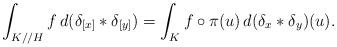
LaTeX: \begin{align*} \int_{K//H} f\, d(\delta_{[x]}*\delta_{[y]})= \int_K f\circ \pi(u)\, d(\delta_x*\delta_y)(u).\end{align*}